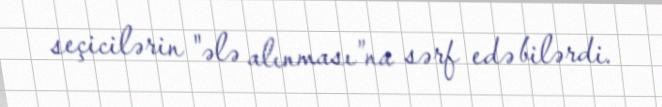
seçicilərin "ələ alınması”na sərf edə bilərdi.